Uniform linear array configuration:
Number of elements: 48
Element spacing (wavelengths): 1
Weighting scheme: cosine
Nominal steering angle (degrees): -30
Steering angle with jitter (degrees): -28.093
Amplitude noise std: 0.05
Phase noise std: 0.05

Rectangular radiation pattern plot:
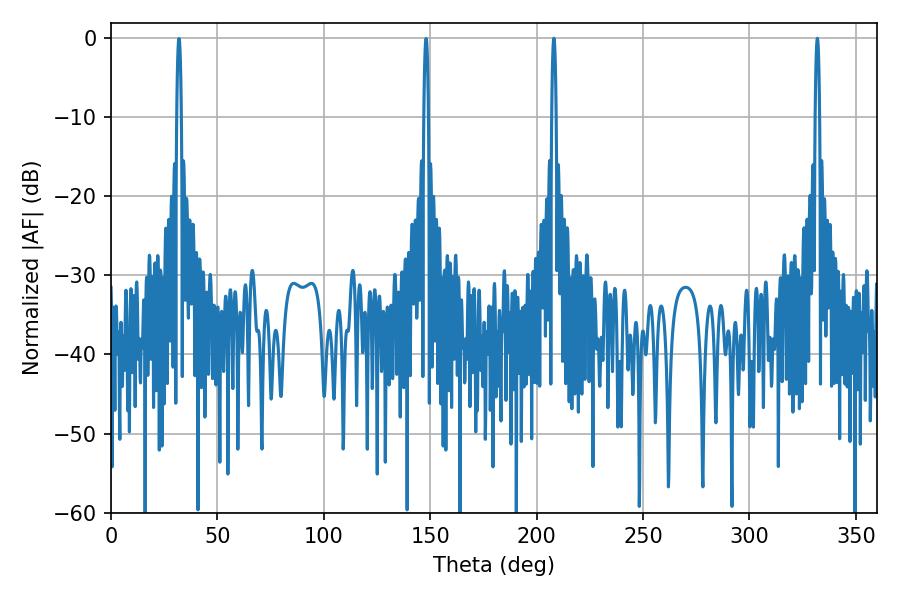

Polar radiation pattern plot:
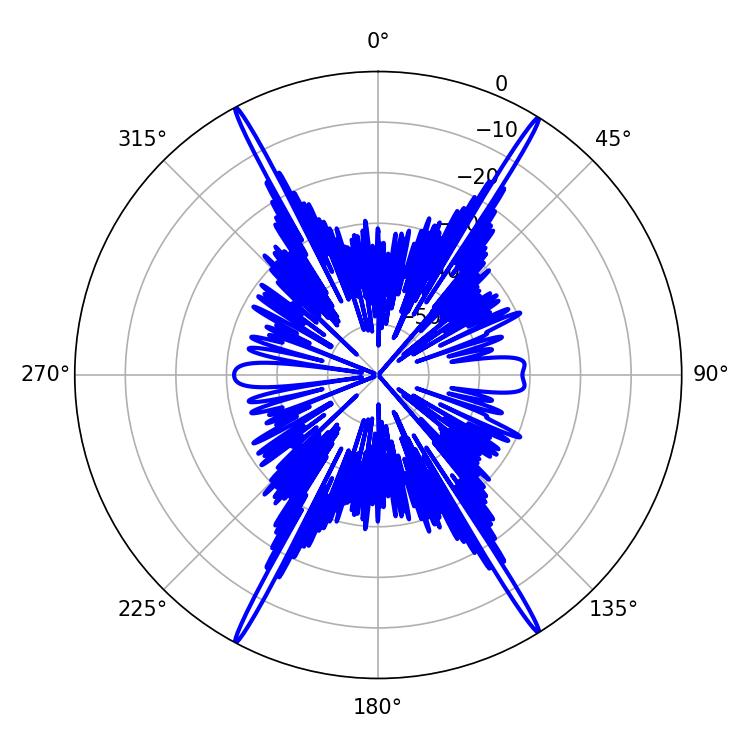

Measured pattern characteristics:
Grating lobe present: TRUE
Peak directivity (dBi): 27.163
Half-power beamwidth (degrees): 1.08
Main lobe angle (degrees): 331.92